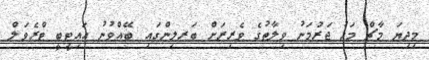
މިދިޔަ މާޗް މަހު ޖަރުމަނު ވިލާތުގެ ވެރިރަށް ބަރލިންގައި ބޭއްވުނު އައިޓީބީ ޓްރެވަލް